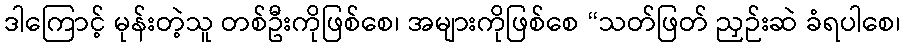
ဒါကြောင့် မုန်းတဲ့သူ တစ်ဦးကိုဖြစ်စေ၊ အများကိုဖြစ်စေ “သတ်ဖြတ် ညှဉ်းဆဲ ခံရပါစေ၊